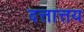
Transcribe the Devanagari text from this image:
दत्तात्तय